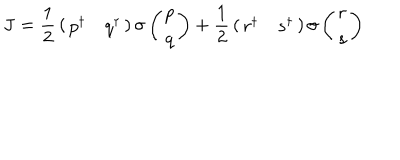
{ \bf J } = { \frac { 1 } { 2 } } \left( \begin{array} { c c } { { p ^ { \dagger } } } & { { q ^ { \dagger } } } \\ \end{array} \right) { \bf \sigma } \left( \begin{array} { c } { { p } } \\ { { q } } \\ \end{array} \right) + { \frac { 1 } { 2 } } \left( \begin{array} { c c } { { r ^ { \dagger } } } & { { s ^ { \dagger } } } \\ \end{array} \right) { \bf \sigma } \left( \begin{array} { c } { { r } } \\ { { s } } \\ \end{array} \right)